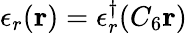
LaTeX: \epsilon_{r}(\mathbf{r})=\epsilon_{r}^{\dagger}(C_{6}\mathbf{r})